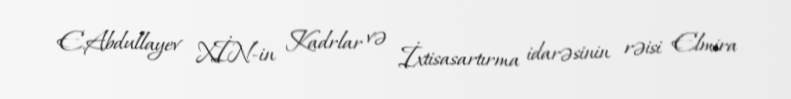
E.Abdullayev XİN-in Kadrlar və İxtisasartırma idarəsinin rəisi Elmira